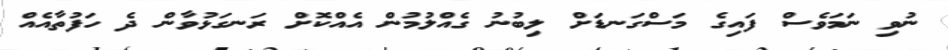
ނުވި ނަމަވެސް ފައިގެ މަސްގަނޑަށް ލިބުނު ގެއްލުމުން އެއްކޮށް ރަނގަޅުވާން ދެ ހަފުތާއެއް